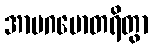
အာပဂမောတရိတွာ